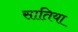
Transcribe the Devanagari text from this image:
सातिया